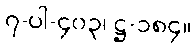
၇-ပါ-၄၀၃၊ ဋ္ဌ-၁၈၄။